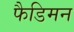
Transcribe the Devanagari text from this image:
फैडिमन